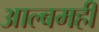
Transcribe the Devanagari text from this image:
आल्बमही